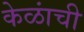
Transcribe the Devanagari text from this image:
केळांची